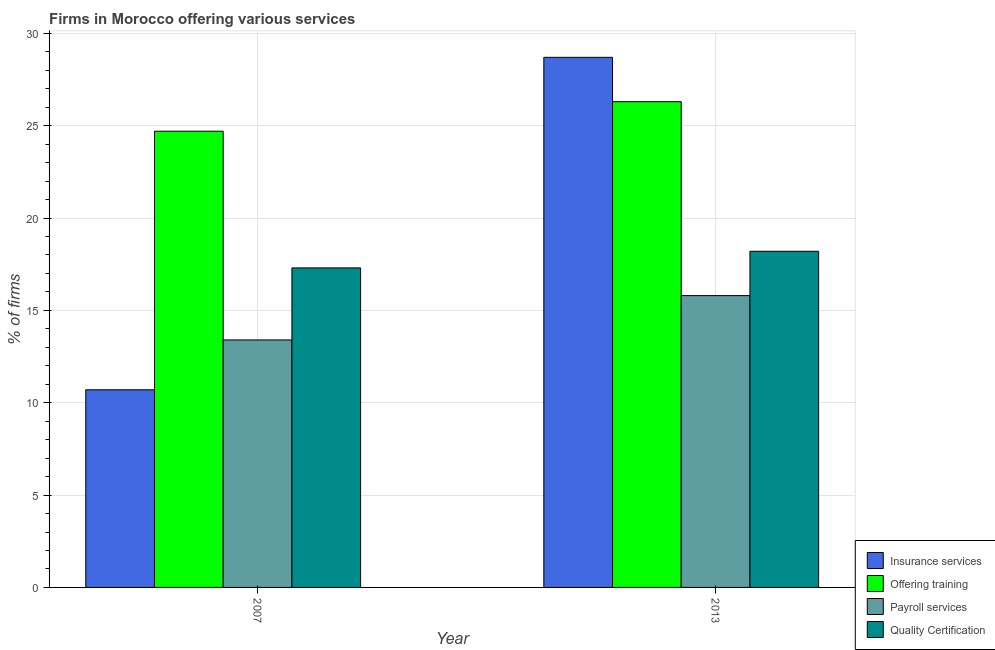
| Year | Insurance services | Offering training | Payroll services | Quality Certification |
 | --- | --- | --- | --- | --- |
 | 2007 | 10.7 | 24.7 | 13.4 | 17.3 |
 | 2013 | 28.7 | 26.3 | 15.8 | 18.2 |